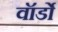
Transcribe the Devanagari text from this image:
वॉर्डो